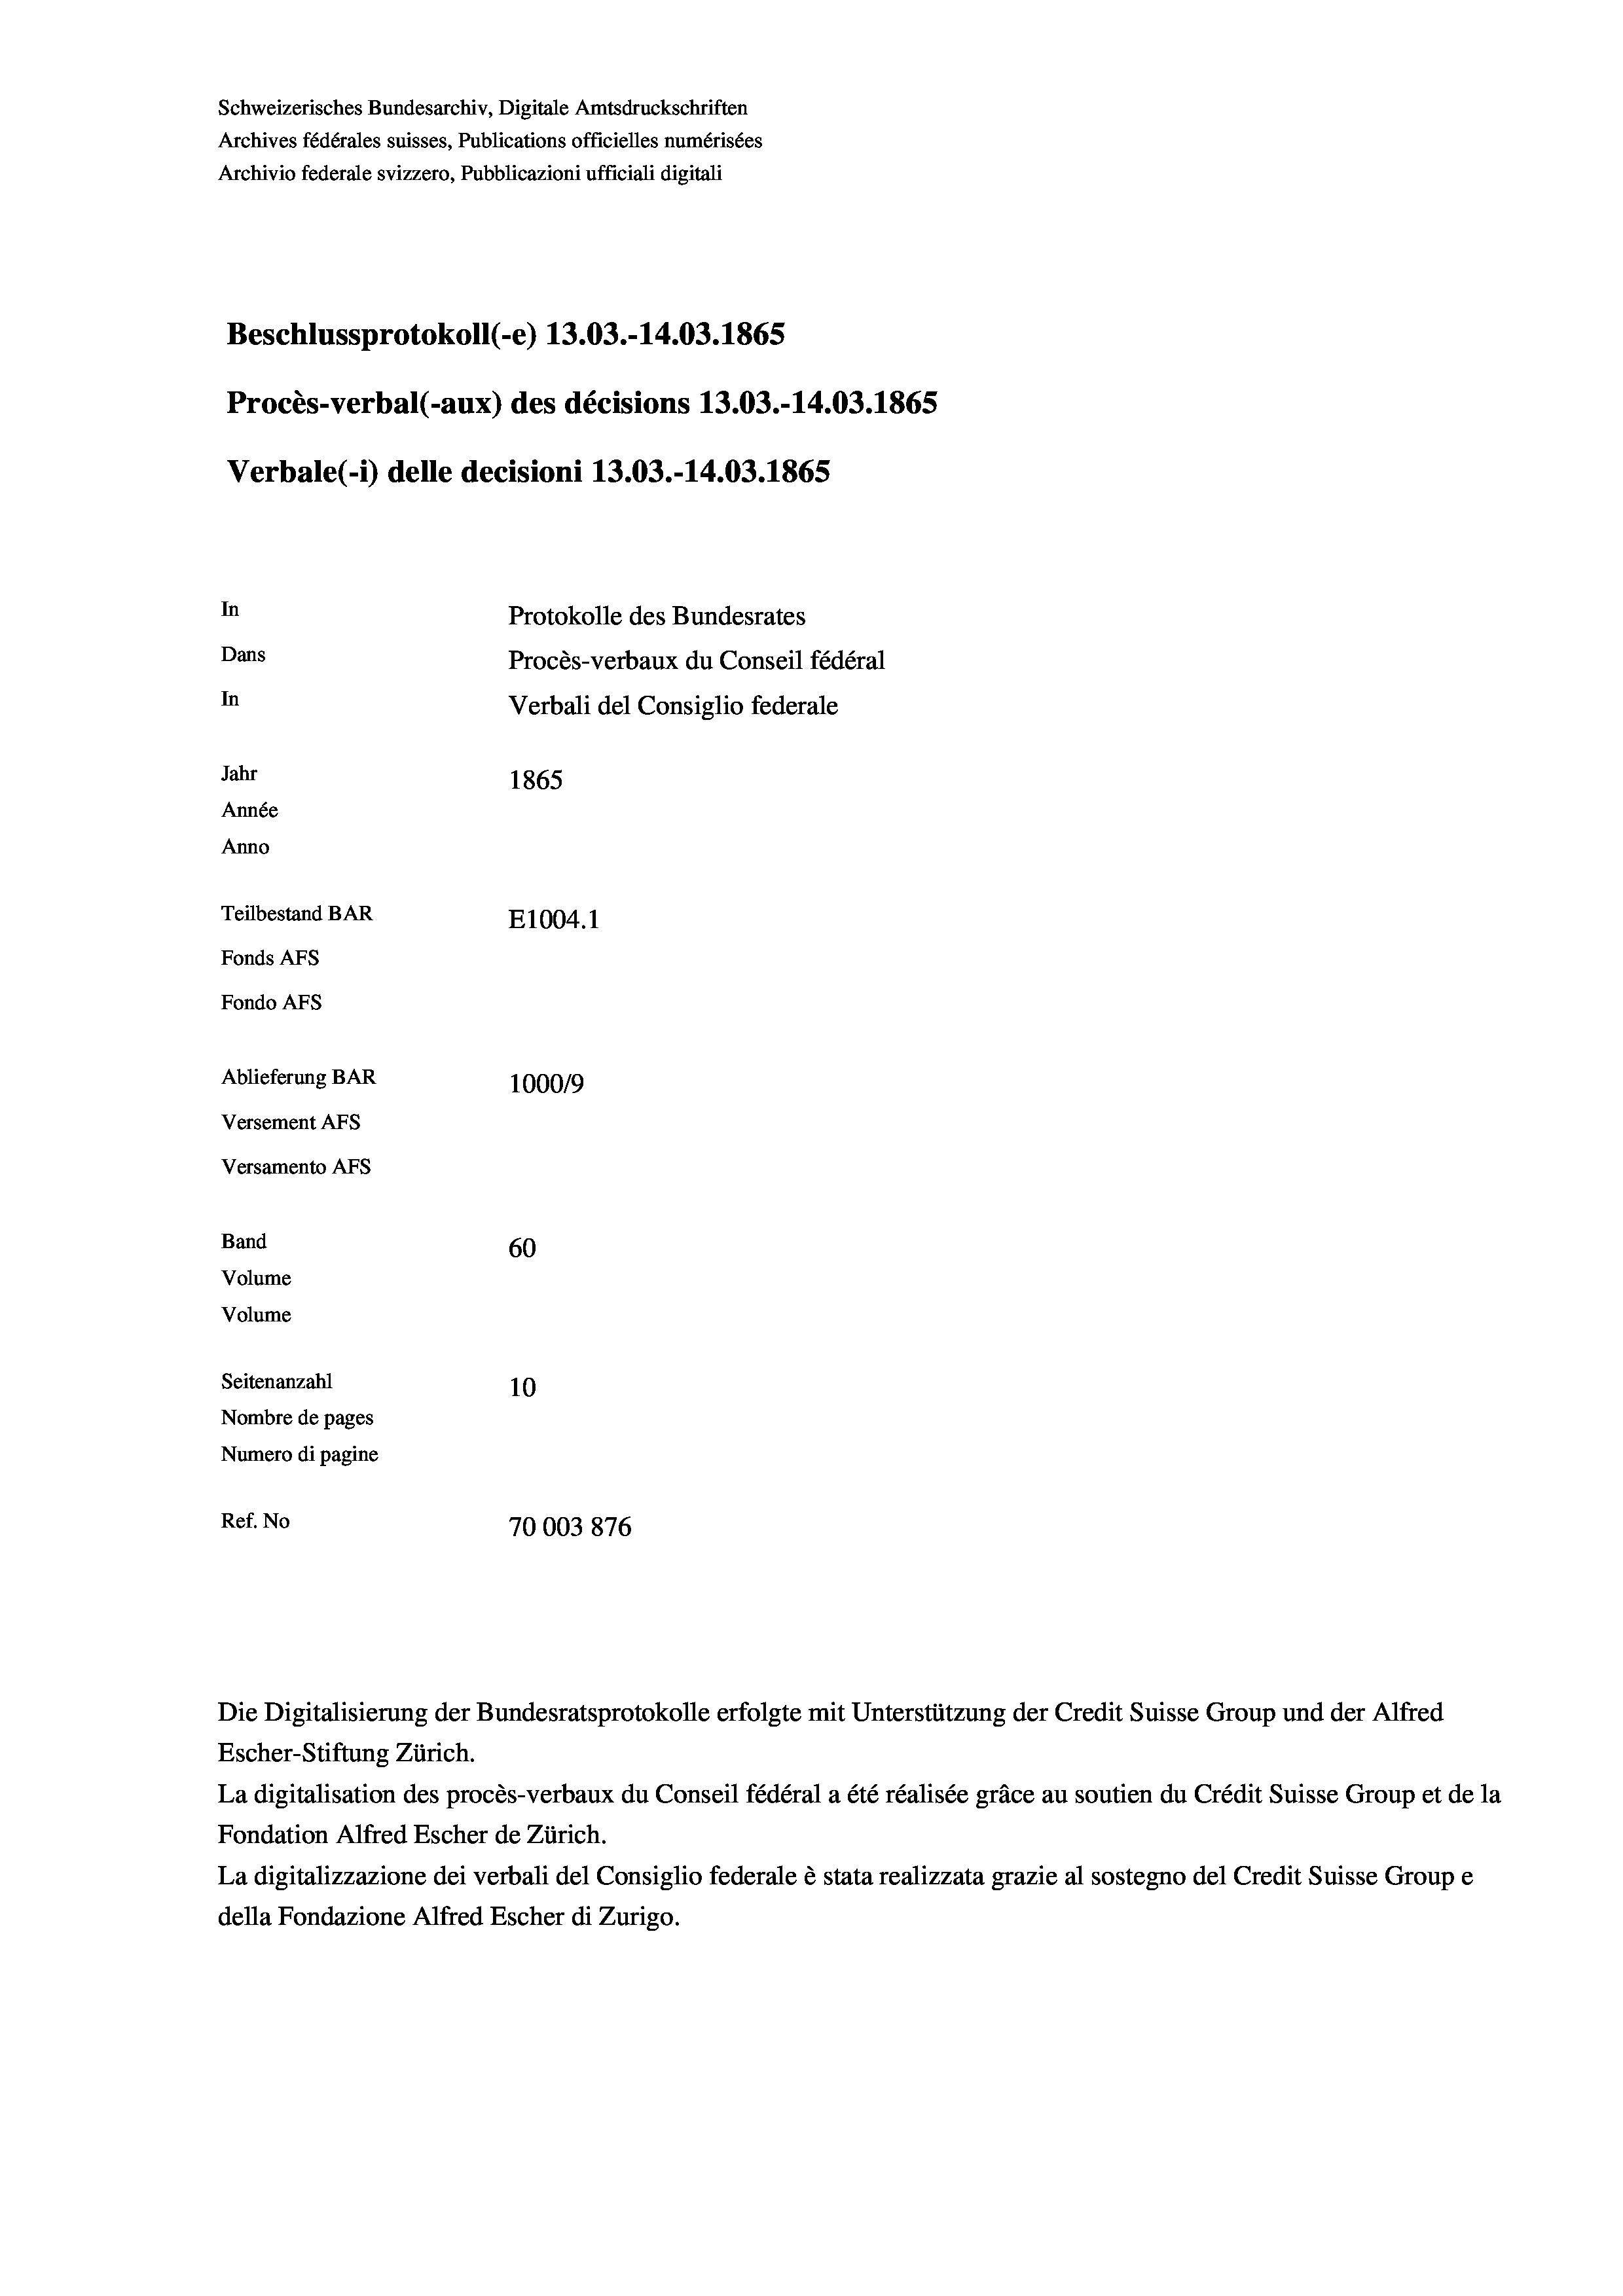
Schweizerisches Bundesarchiv, Digitale Amtsdruckschriften
Archives fédérales suisses, Publications officielles numérisées
Archivio federale svizzero, Pubblicazioni ufficiali digitali
Beschlussprotokoll (-e) 13.03.-14.03. 1865
Procès-verbal (-aux) des décisions 13.03.-14.03. 1865
Verbale (1) delle decisioni 13.03.-14.03. 1865
In
Protokolle des Bundesrates
Dans
Procès-verbaux du Conseil fédéral
In
Verbali del Consiglio federale
Jahr
1865
Année
Anno
Teilbestand BAR
E1004.1
Fonds AFs
Fondo Afs
Ablieferung BAR
100019
Versement AFs
Versamento Afs
Band
60
Volume
Volume
Seitenanzahl
10

Nombre de pages
Numero di pagine
Ref. No
70003876

Escher-Stiftung Zürich.

Die Digitalisierung der Bundesratsprotokolle erfolgte mit Unterstützung der Credit Suisse Group und der Alfred

La digitalisation des procès-verbaux du Conseil fédéral a été réalisée gräce au soutien du Crédit Suisse Group et de la
Fondation Alfred Escher de Zürich.
La digitalizzazione dei verbali del Consiglio federale è stata realizzata grazie al sostegno del Credit Suisse Groupe
della Fondazione Alfred Escher di Zurigo.